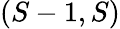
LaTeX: (S-1,S)